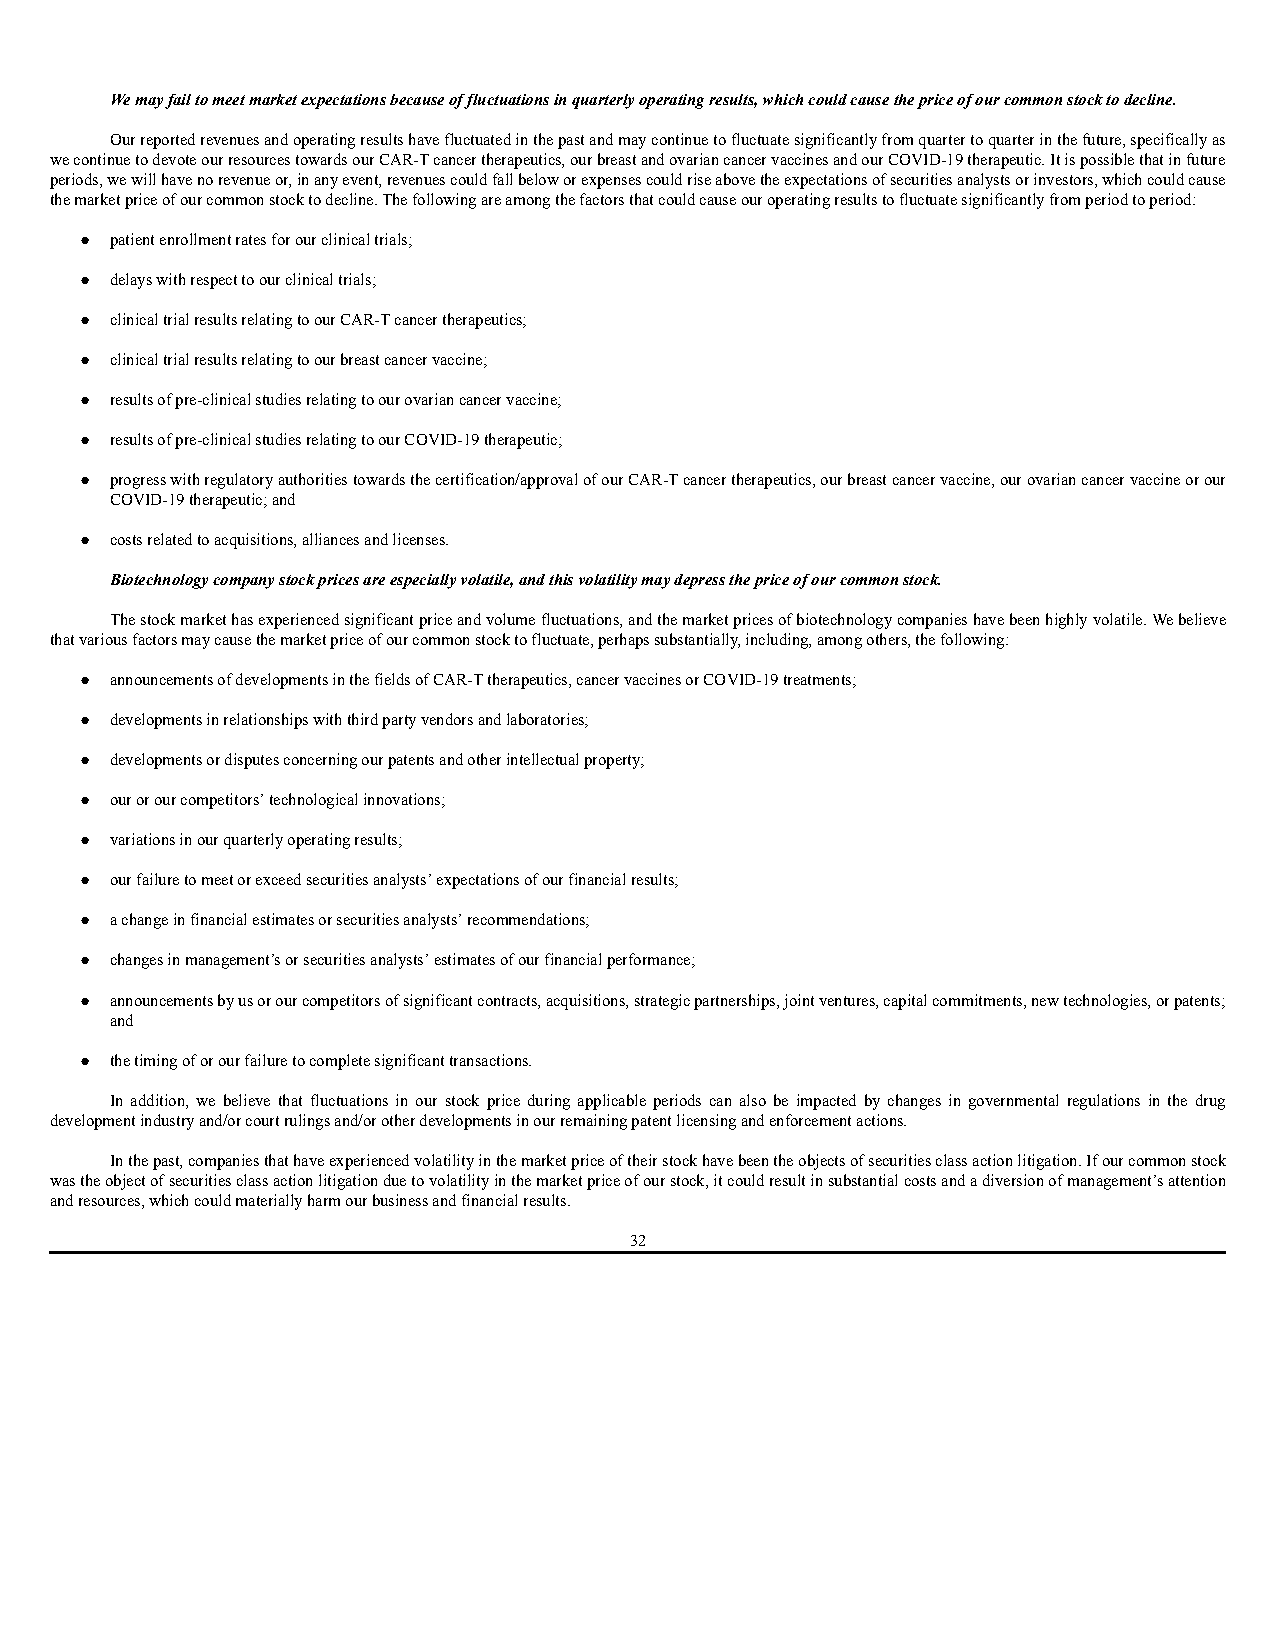
We may fail to meet market expectations because of fluctuations in quarterly operating results, which could cause the price of our common stock to decline.
 Our reported revenues and operating results have fluctuated in the past and may continue to fluctuate significantly from quarter to quarter in the future, specifically as
 we continue to devote our resources towards our CAR-T cancer therapeutics, our breast and ovarian cancer vaccines and our COVID-19 therapeutic. It is possible that in future
 periods, we will have no revenue or, in any event, revenues could fall below or expenses could rise above the expectations of securities analysts or investors, which could cause
 the market price of our common stock to decline. The following are among the factors that could cause our operating results to fluctuate significantly from period to period:
 ● patient enrollment rates for our clinical trials;
 ● delays with respect to our clinical trials;
 ● clinical trial results relating to our CAR-T cancer therapeutics;
 ● clinical trial results relating to our breast cancer vaccine;
 ● results of pre-clinical studies relating to our ovarian cancer vaccine;
 ● results of pre-clinical studies relating to our COVID-19 therapeutic;
 ● progress with regulatory authorities towards the certification/approval of our CAR-T cancer therapeutics, our breast cancer vaccine, our ovarian cancer vaccine or our
 COVID-19 therapeutic; and
 ● costs related to acquisitions, alliances and licenses.
 Biotechnology company stock prices are especially volatile, and this volatility may depress the price of our common stock.
 The stock market has experienced significant price and volume fluctuations, and the market prices of biotechnology companies have been highly volatile. We believe
 that various factors may cause the market price of our common stock to fluctuate, perhaps substantially, including, among others, the following:
 ● announcements of developments in the fields of CAR-T therapeutics, cancer vaccines or COVID-19 treatments;
 ● developments in relationships with third party vendors and laboratories;
 ● developments or disputes concerning our patents and other intellectual property;
 ● our or our competitors’ technological innovations;
 ● variations in our quarterly operating results;
 ● our failure to meet or exceed securities analysts’ expectations of our financial results;
 ● a change in financial estimates or securities analysts’ recommendations;
 ● changes in management’s or securities analysts’ estimates of our financial performance;
 ● announcements by us or our competitors of significant contracts, acquisitions, strategic partnerships, joint ventures, capital commitments, new technologies, or patents;
 and
 ● the timing of or our failure to complete significant transactions.
 In addition, we believe that fluctuations in our stock price during applicable periods can also be impacted by changes in governmental regulations in the drug
 development industry and/or court rulings and/or other developments in our remaining patent licensing and enforcement actions.
 In the past, companies that have experienced volatility in the market price of their stock have been the objects of securities class action litigation. If our common stock
 was the object of securities class action litigation due to volatility in the market price of our stock, it could result in substantial costs and a diversion of management’s attention
 and resources, which could materially harm our business and financial results.
 32